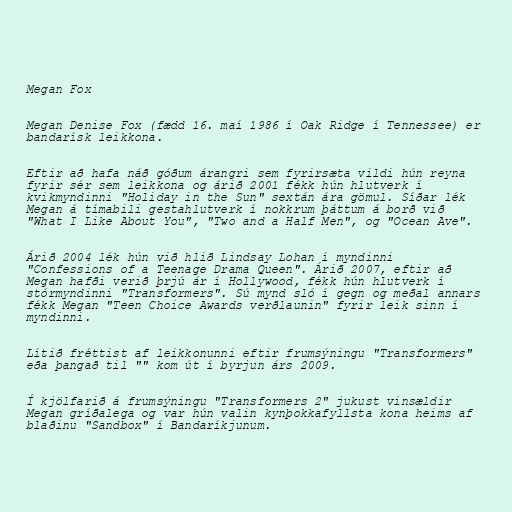
Megan Fox

Megan Denise Fox (fædd 16. maí 1986 í Oak Ridge í Tennessee) er
bandarísk leikkona.

Eftir að hafa náð góðum árangri sem fyrirsæta vildi hún reyna
fyrir sér sem leikkona og árið 2001 fékk hún hlutverk í
kvikmyndinni "Holiday in the Sun" sextán ára gömul. Síðar lék
Megan á tímabili gestahlutverk í nokkrum þáttum á borð við
"What I Like About You", "Two and a Half Men", og "Ocean Ave".

Árið 2004 lék hún við hlið Lindsay Lohan í myndinni
"Confessions of a Teenage Drama Queen". Árið 2007, eftir að
Megan hafði verið þrjú ár í Hollywood, fékk hún hlutverk í
stórmyndinni "Transformers". Sú mynd sló í gegn og meðal annars
fékk Megan "Teen Choice Awards verðlaunin" fyrir leik sinn í
myndinni.

Lítið fréttist af leikkonunni eftir frumsýningu "Transformers"
eða þangað til "" kom út í byrjun árs 2009.

Í kjölfarið á frumsýningu "Transformers 2" jukust vinsældir
Megan gríðalega og var hún valin kynþokkafyllsta kona heims af
blaðinu "Sandbox" í Bandaríkjunum.